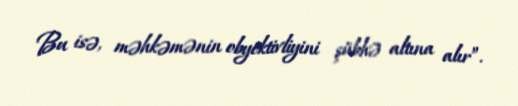
Bu isə, məhkəmənin obyektivliyini şübhə altına alır”.